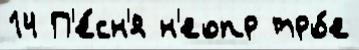
14 П'е́сн'я н'еопр тро́е